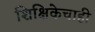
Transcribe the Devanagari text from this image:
शिक्षिकेचाही